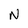
Character: N